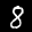
Label: 8